Civil Veterinary Department. Madras. Admin. report 1910-25 - 1910-1925
Year: 1910
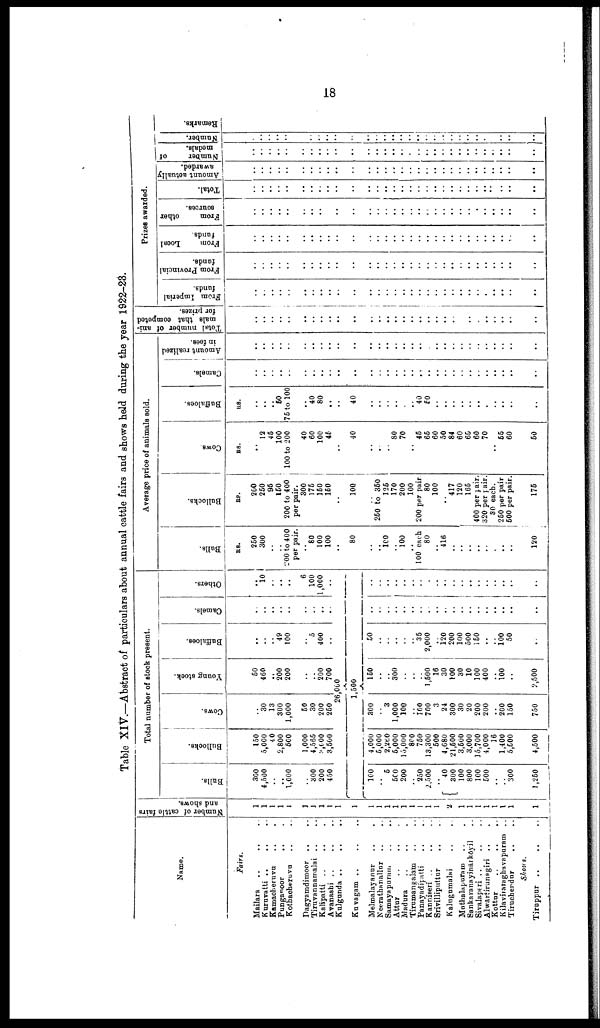
18
Table XIV.—Abstract of particulars about annual cattle fairs and shows held during the year 1922-23.
Name.
Fairs.
Mailara .. .. ..
Kururatti .. .. ..
Kamacheruvu .. ..
Punganoor
..
..
Kothachruvu .. ..
Dagysmdimoor .. ..
Tiruvannamalai .. ..
Kalipatti
..
..
..
Avanashi .. .. ..
Kulgunda
..
..
..
Kuvagam .. .. ..
Melmalayanur .. ..
Neerathanallur .. ..
Samayapuram
..
..
Attur
..
..
..
Madura .. .. ..
Tirumangalam .. ..
Panayadipatti .. ..
Kannieeri .. .. ..
Srivilliputtur .. ..
Kalugumalai .. ..
Muthalapuram .. ..
Sankaranayinaikoyil ..
Sivalaperi .. .. ..
Alwartirunsgiri .. ..
Kottur
..
..
..
Kilaviraraghavapuram ..
Tirucherdur
.. ..
Shows.
Number of cattle fairs
and shows.
1
1
1
1
1
1
1
1
1
1
1
1
1
1
1
1
1
1
1
1
1
1
1
1
1
1
1
1
1
1
Total number of stock present.
Bulls.
360
4,500
..
..
1,000
..
300
200
450
160
..
6
6C0
200
250
2,500
..
40
800
100
800
100
500
..
..
300
1,250
Bullocks.
150
5,000
40
2,800
500
1,000
4,565
3,600
3,600
4,000
6,000
2,260
6,000
15,000
800
760
13,300
600
4,680
21,500
3,500
3,000
15,700
4,000
16
1,400
5,600
4,600
Cows.
30
13
300
1,000
60
30
200
260
Young stock.
60
460
..
200
200
..
..
200
700
26,000
1,500
800
3
1,000
100
..
100
700
3
24
300
30
20
200
200
..
200
150
750
160
..
..
300
..
..
1,500
16
30
100
30
10
100
400
..
100
..
2,500
Buffaloes.
..
..
..
49
100
..
5
400
..
..
..
60
..
..
..
..
..
36
2,000
..
120
200
100
500
150
..
..
100
50
..
Camels.
..
..
..
..
..
..
..
..
..
..
..
..
..
..
..
..
..
..
..
..
..
..
..
..
..
..
..
..
Others.
..
10
..
..
..
..
6
100
1,000
..
..
..
..
..
..
..
..
..
..
..
..
..
..
..
..
..
..
..
..
..
Average price of animals sold.
Bulls.
i
RS.
260
300
..
..
200 to 400
per pair.
..
80
100
100
..
80
..
..
100
..
100
..
100 each
80
..
416
..
..
..
..
..
..
..
..
120
Bullocks.
RS.
200
260
96
160
200 to 400
per pair. 800
176
160
160
..
100
..
260 to 360
126
170
200
100
200 per pair
80
100
.. 417
120
166
400 per pair.
320 per pair.
80 each.
260 per pair
600 per pair.
175
Cows
Be.
..
12
45 100
100 to 200
40
60
100
46
..
40
..
..
..
80
70
..
46
66
60
50
84
60
65
60
70
..
66
60
50
Buffaloes.
Rs.
..
..
..
60
76 to 100
..
40
80
..
..
40
..
..
..
..
..
..
40
60
..
..
..
..
..
..
..
..
..
..
..
Camels.
..
..
..
..
..
..
..
..
..
..
..
..
..
..
..
..
..
..
..
..
..
..
..
..
..
..
..
..
..
..
Amount realised
in fees.
..
..
..
..
..
..
..
..
..
..
..
..
..
..
..
..
..
..
..
..
..
..
..
..
..
..
..
..
..
..
Total number of ani-
mals that competed
for prizes.
..
..
..
..
..
..
..
..
..
..
..
..
..
..
..
..
..
..
..
..
..
..
..
..
..
..
..
..
..
..
..
..
Prizes awarded.
From Imperial
funds.
..
..
..
..
..
..
..
..
..
..
..
..
..
..
..
..
..
..
..
..
..
..
..
..
..
..
..
..
..
..
..
..
From Provincial
funds.
..
..
..
..
..
..
..
..
..
..
..
..
..
..
..
..
..
..
..
..
..
..
..
..
..
..
..
..
..
..
..
..
From
Local
funds.
..
..
..
..
..
..
..
..
..
..
..
..
..
..
..
..
..
..
..
..
..
..
..
..
..
..
..
..
..
..
..
..
From
other
sources.
..
..
..
..
..
..
..
..
..
..
..
..
..
..
..
..
..
..
..
..
..
..
..
..
..
..
..
..
..
..
..
..
Total.
..
..
..
..
..
..
..
..
..
..
..
..
..
..
..
..
..
..
..
..
..
..
..
..
..
..
..
..
..
..
..
..
Amount actually
awarded.
..
..
..
..
..
..
..
..
..
..
..
..
..
..
..
..
..
..
..
..
..
..
..
..
..
..
..
..
..
..
..
..
Number
of
medals.
..
..
..
..
..
..
..
..
..
..
..
..
..
..
..
..
..
..
..
..
..
..
..
..
..
..
..
..
..
..
..
..
Number.
..
..
..
..
..
..
..
..
..
..
..
..
..
..
..
..
..
..
..
..
..
..
..
..
..
..
..
..
..
..
..
..
Remarks.